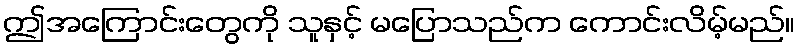
ဤအကြောင်းတွေကို သူနှင့် မပြောသည်က ကောင်းလိမ့်မည်။